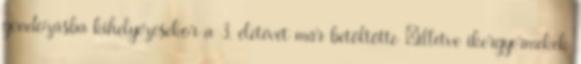
gondozásba kihelyezésekor a 3. életévét már betöltötte –illetve ikergyermekek